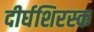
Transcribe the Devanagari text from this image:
दीर्घशिरस्क